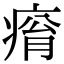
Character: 𤷥